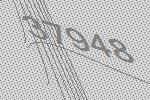
37948